Indian journal of veterinary science and animal husbandry - Volumes 15-17, 1948-1951
Year: 1948
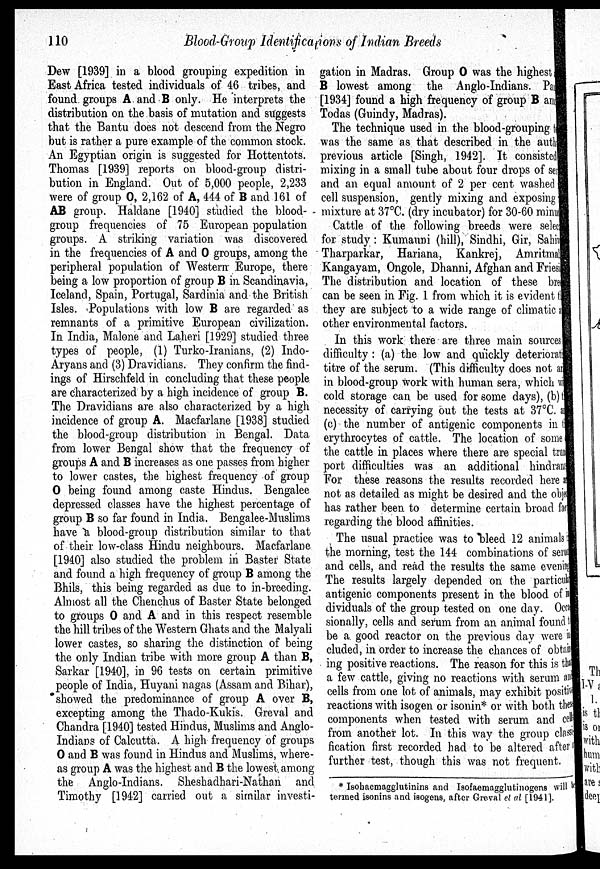
110
Blood-Group Identifications of Indian Breeds
Dew [1939] in a blood grouping expedition in
East Africa tested individuals of 46 tribes, and
found groups A and B only. He interprets the
distribution on the basis of mutation and suggests
that the Bantu does not descend from the Negro
but is rather a pure example of the common stock.
An Egyptian origin is suggested for Hottentots.
Thomas [1939] reports on blood-group distri-
bution in England. Out of 5,000 people, 2,233
were of group O, 2,162 of A, 444 of B and 161 of
AB group. Haldane [1940] studied the blood-
group frequencies of 75 European population
groups. A striking variation was discovered
in the frequencies of A and O groups, among the
peripheral population of Western Europe, there
being a low proportion of group B in Scandinavia,
Iceland, Spain, Portugal, Sardinia and the British
Isles. Populations with low B are regarded as
remnants of a primitive European civilization.
In India, Malone and Laheri [1929] studied three
types of people, (1) Turko-Iranians, (2) Indo-
Aryans and (3) Dravidians. They confirm the find-
ings of Hirschfeld in concluding that these people
are characterized by a high incidence of group B.
The Dravidians are also characterized by a high
incidence of group A. Macfarlane [1938] studied
the blood-group distribution in Bengal. Data
from lower Bengal show that the frequency of
groups A and B increases as one passes from higher
to lower castes, the highest frequency of group
O being found among caste Hindus. Bengalee
depressed classes have the highest percentage of
group B so far found in India. Bengalee-Muslims
have a blood-group distribution similar to that
of their low-class Hindu neighbours. Macfarlane
[1940] also studied the problem in Baster State
and found a high frequency of group B among the
Bhils, this being regarded as due to in-breeding.
Almost all the Chenchus of Baster State belonged
to groups O and A and in this respect resemble
the hill tribes of the Western Ghats and the Malyali
lower castes, so sharing the distinction of being
the only Indian tribe with more group A than B,
Sarkar [1940], in 96 tests on certain primitive
people of India, Huyani nagas (Assam and Bihar),
showed the predominance of group A over B,
excepting among the Thado-Kukis. Greval and
Chandra [1940] tested Hindus, Muslims and Anglo-
Indians of Calcutta. A high frequency of groups
O and B was found in Hindus and Muslims, where-
as group A was the highest and B the lowest among
the Anglo-Indians. Sheshadhari-Nathan and
Timothy [1942] carried out a similar investi-
gation in Madras. Group O was the highest
B lowest among the Anglo-Indians. Pai
[1934] found a high frequency of group B am
Todas (Guindy, Madras).
The technique used in the blood-grouping ti
was the same as that described in the auth
previous article [Singh, 1942]. It consisted
mixing in a small tube about four drops of se
and an equal amount of 2 per cent washed
cell suspension, gently mixing and exposing
mixture at 37°C. (dry incubator) for 30-60 min
Cattle of the following breeds were select
for study: Kumauni (hill), Sindhi, Gir, Sahi
Tharparkar, Hariana, Kankrej, Amritmal
Kangayam, Ongole, Dhanni, Afghan and Friesi
The distribution and location of these bre
can be seen in Fig. 1 from which it is evident t
they are subject to a wide range of climatic
other environmental factors.
In this work there are three main sources
difficulty: (a) the low and quickly deteriorat
titre of the serum. (This difficulty does not a
in blood-group work with human sera, which w
cold storage can be used for some days), (b)
necessity of carrying out the tests at 37ºC. a
(c) the number of antigenic components in t
erythrocytes of cattle. The location of some
the cattle in places where there are special tra
port difficulties was an additional hindran
For these reasons the results recorded here a
not as detailed as might be desired and the obje
has rather been to determine certain broad fa
regarding the blood affinities.
The usual practice was to bleed 12 animals
the morning, test the 144 combinations of seru
and cells, and read the results the same evening
The results largely depended on the partialis
antigenic components present in the blood of in
dividuals of the group tested on one day. Occ
sionally, cells and serum from an animal found
be a good reactor on the previous day were it
cluded, in order to increase the chances of obtain
ing positive reactions. The reason for this is tha
a few cattle, giving no reactions with serum an
cells from one lot of animals, may exhibit positive
reactions with isogen or isonin* or with both thes
components when tested with serum and cell
from another lot. In this way the group classi
fication first recorded had to be altered after
further test, though this was not frequent.
* Isohaemagglutinins and Isofaemagglutinogens will be
termed isonins and isogens, after Greval et al [1941].